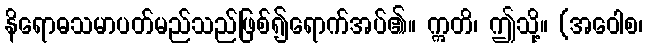
နိရောဓသမာပတ်မည်သည်ဖြစ်၍ရောက်အပ်၏။ ဣတိ၊ ဤသို့။ (အဝေါစ၊